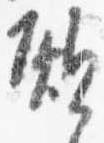
願